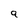
Character: 9